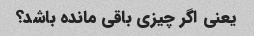
یعنی اگر چیزی باقی مانده باشد؟